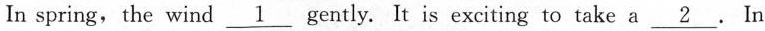
In spring,the wind \underline{1} gently. It is exciting to take a \underline{2}. In